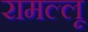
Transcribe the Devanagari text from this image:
रामल्लू